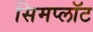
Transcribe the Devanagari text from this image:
सिमप्लॉट